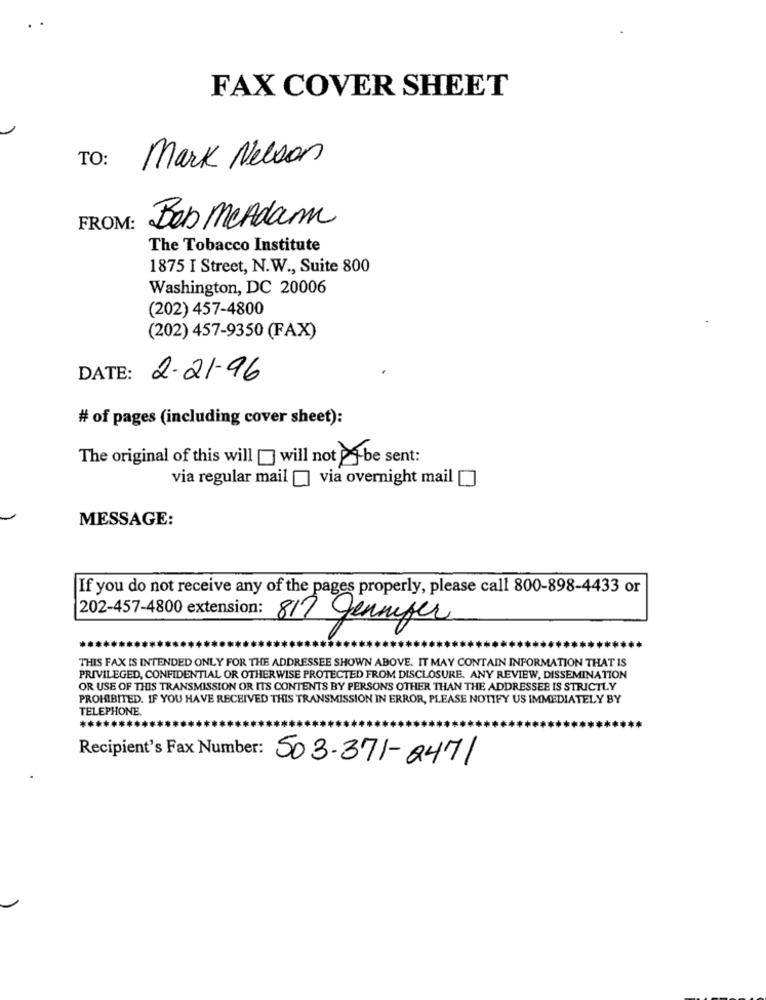
FAX COVER SHEET
TO:
Mark Nelson
FROM:
Bob MeAdam
The Tobacco Institute
1875 I Street, N.W ., Suite 800
Washington, DC 20006
(202) 457-4800
(202) 457-9350 (FAX)
DATE:
2.21-96
# of pages (including cover sheet):
The original of this will [] will not og be sent:
via regular mail [] via overnight mail []
MESSAGE:
If you do not receive any of the pages properly, please call 800-898-4433 or
202-457-4800 extension: 817 Genmper
THIS FAX IS INTENDED ONLY FOR THE ADDRESSEE SHOWN ABOVE. IT MAY CONTAIN INFORMATION THAT IS
PRIVILEGED, CONFIDENTIAL OR OTHERWISE PROTECTED FROM DISCLOSURE. ANY REVIEW, DISSEMINATION
OR USE OF THIS TRANSMISSION OR ITS CONTENTS BY PERSONS OTHER THAN THE ADDRESSEE IS STRICTLY
PROHIBITED. IF YOU HAVE RECEIVED THIS TRANSMISSION IN ERROR, PLEASE NOTIFY US IMMEDIATELY BY
TELEPHONE.
********
Recipient's Fax Number: 503-371-2471